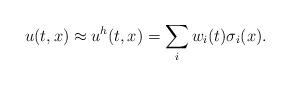
LaTeX: \begin{align*}u(t,x)\approx u^h(t,x)=\sum_i w_i(t)\sigma_i(x).\end{align*}